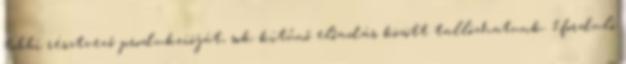
többi résztvevő produkcióját, sok kitűnő előadás között tallózhatunk. 1.forduló